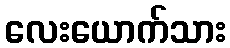
လေးယောက်သား